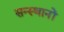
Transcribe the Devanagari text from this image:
सन्स्थानों